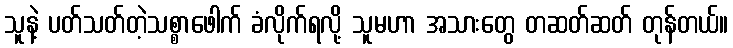
သူနဲ့ ပတ်သတ်တဲ့သစ္စာဖေါက် ခံလိုက်ရလို့ သူမဟာ အသားတွေ တဆတ်ဆတ် တုန်တယ်။